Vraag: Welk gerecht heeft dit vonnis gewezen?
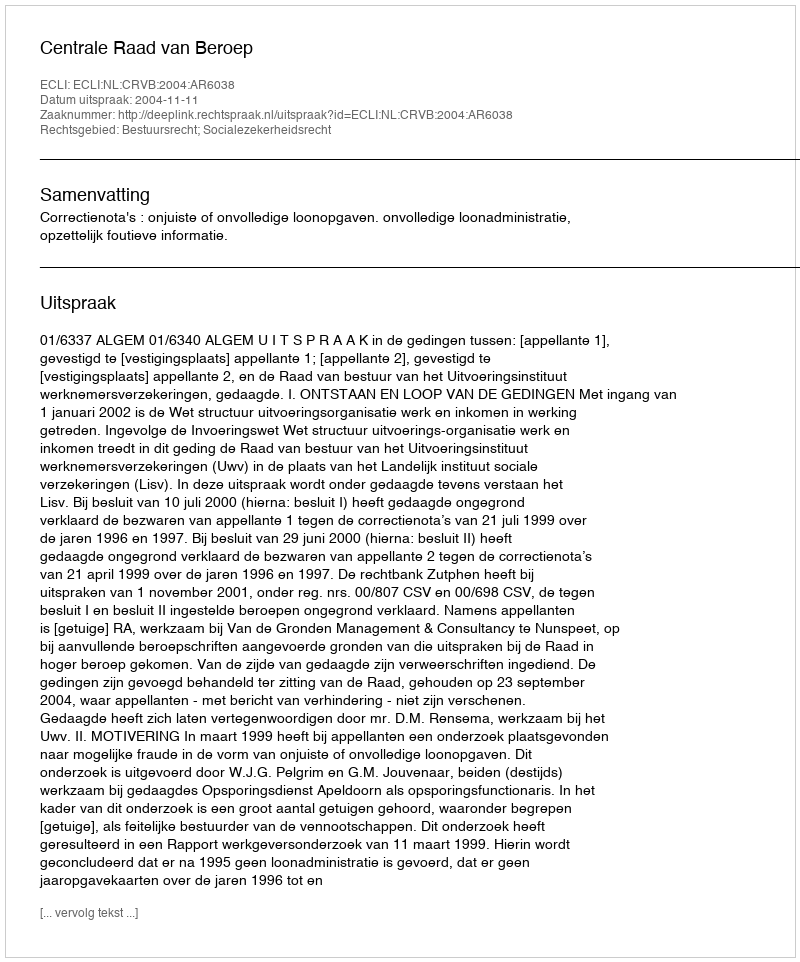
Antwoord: Centrale Raad van Beroep